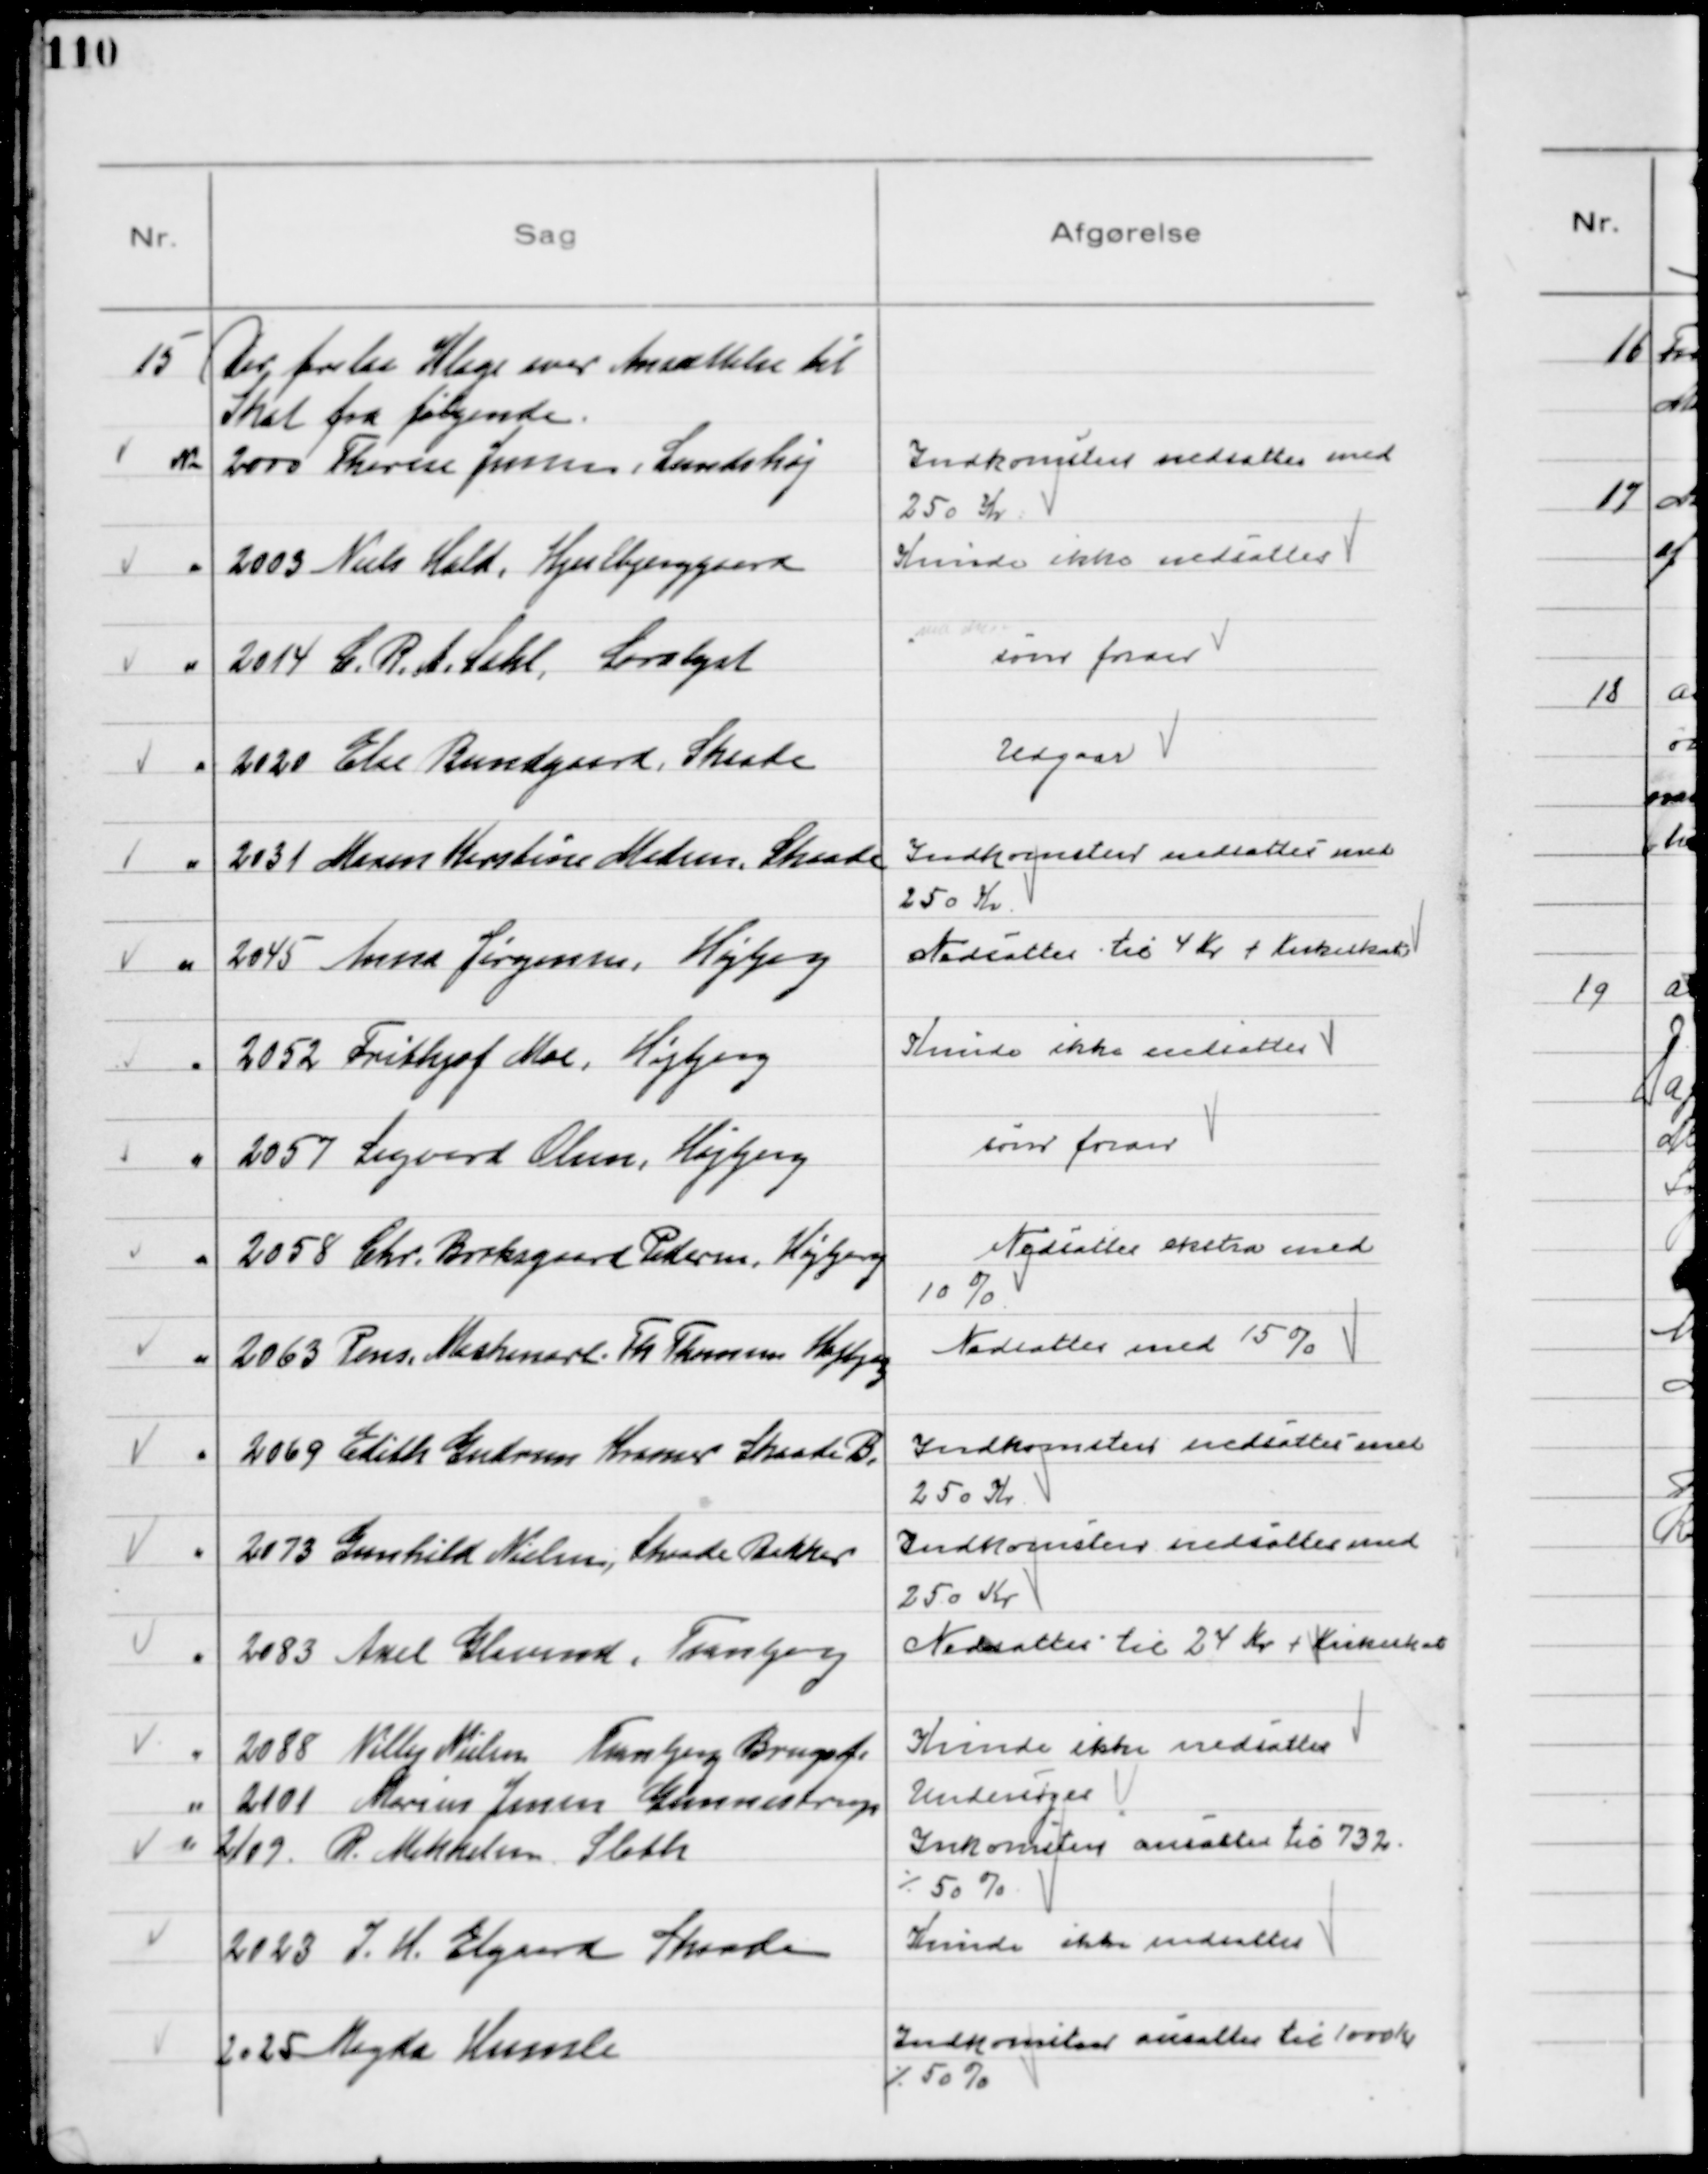
Transskription:
15
Der forelaa Klage over Ansættelse til
Skat fra følgende
№ 2000 Therese Jensen, Lundshøj

Indkomsten nedsattes med
250 Kr

2003 Niels Hald, Hjulbjerggaard

Kunde ikke nedsættes

2014 C. R. A. Sahl, Saralyst

som foran

2020 Else Bundgaard, Skaade

Udgaar

2031 Maren Kirstine Madsen, Skaade

Indkomsten nedsattes med
250 Kr.

2045 Anna Jørgensen, Højbjerg

Nedsattes til 4 Kr + Kirkeskat

2052 Frithjof Moe, Højbjerg

Kunde ikke nedsættes

2057 Sigvard Olsen, Højbjerg

som foran

2058 Chr. Borksgaard Pedersen, Højbjerg

Nedsattes ekstra med
10%

2063 Pens. Maskinarb. Th Thomsen Højbjerg

Nedsattes med 15%

2069 Edith Gudrun Kramer Skaade B.

Indkomsten nedsattes med
250 Kr

2073 Gunhild Nielsen, Skaade Bakker

Indkomsten nedsattes med
250 Kr

2083 Axel Glavind, Tranbjerg

Nedsattes til 24 Kr + Kirkeskat

2088 Villy Nielsen Tranbjerg Brugsf.

Kunde ikke nedsættes

2101 Marius Jensen Gunnestrup

Undersøges

2109 R. Mikkelsen Sleth

Indkomsten ansattes til 732
÷ 50%

2023 J. H. Elgaard Skaade

Kunde ikke nedsaættes

2025 Magda Humle

Indkomsten ansattes til 1000 Kr
÷ 50%